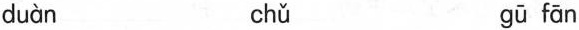
duàn chǔ gū fān